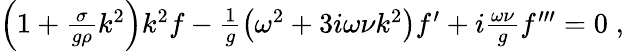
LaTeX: \begin{array}{r}{\left(1+\frac{\sigma}{g\rho}k^{2}\right)k^{2}f-\frac{1}{g}\left(\omega^{2}+3i\omega\nu k^{2}\right)f^{\prime}+i\frac{\omega\nu}{g}f^{\prime\prime\prime}=0\; ,}\end{array}